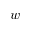
w